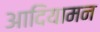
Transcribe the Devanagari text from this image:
आदियामन